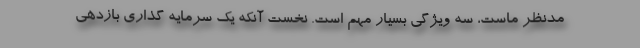
مدنظر ماست، سه ویژگی بسیار مهم است. نخست آنکه یک سرمایه گذاری بازدهی